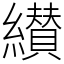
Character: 纉